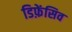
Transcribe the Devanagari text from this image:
डिफ़ेंसिव